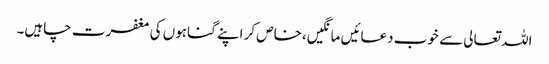
اللہ تعالی سے خوب دعائیں مانگیں،خاص کر اپنے گناہوں کی مغفرت چاہیں۔